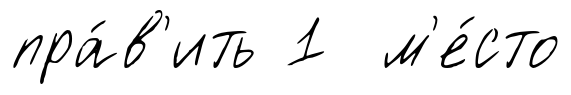
пра́в'ить 1 м'е́сто